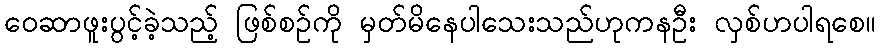
ဝေဆာဖူးပွင့်ခဲ့သည့် ဖြစ်စဥ်ကို မှတ်မိနေပါသေးသည်ဟုကနဦး လှစ်ဟပါရစေ။